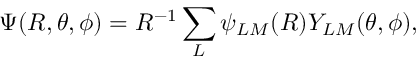
\Psi ( R , \theta , \phi ) = R ^ { - 1 } \sum _ { L } \psi _ { L M } ( R ) Y _ { L M } ( \theta , \phi ) ,